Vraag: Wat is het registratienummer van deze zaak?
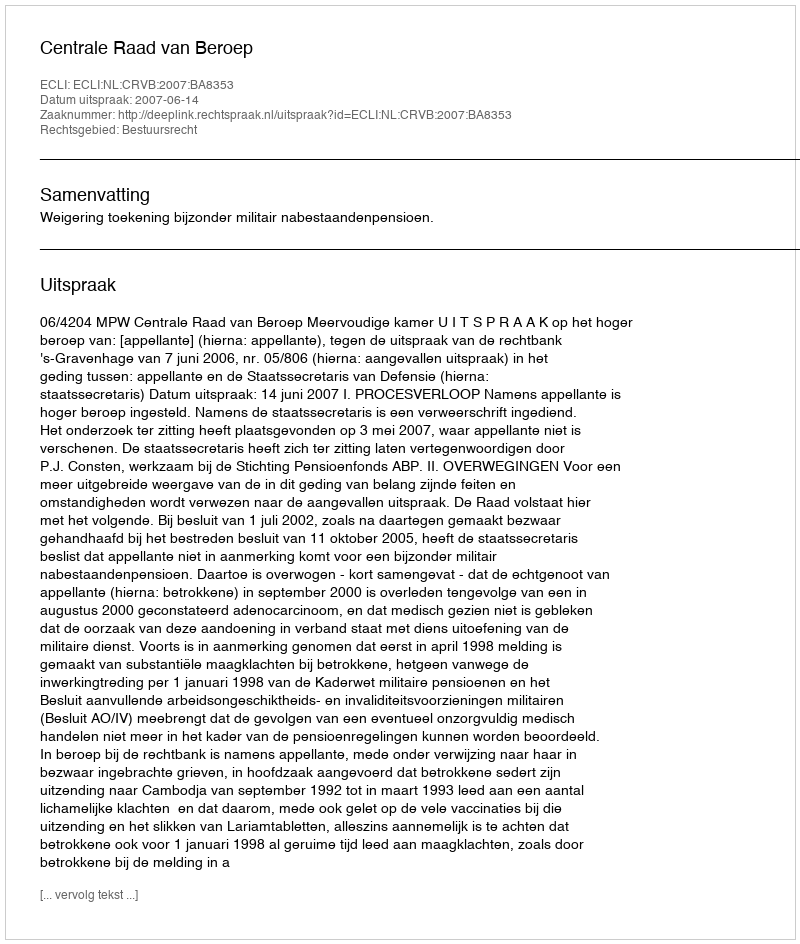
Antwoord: http://deeplink.rechtspraak.nl/uitspraak?id=ECLI:NL:CRVB:2007:BA8353